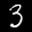
Label: 3